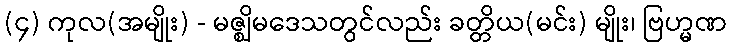
(၄) ကုလ(အမျိုး) - မဇ္ဈိမဒေသတွင်လည်း ခတ္တိယ(မင်း) မျိုး၊ ဗြဟ္မဏ